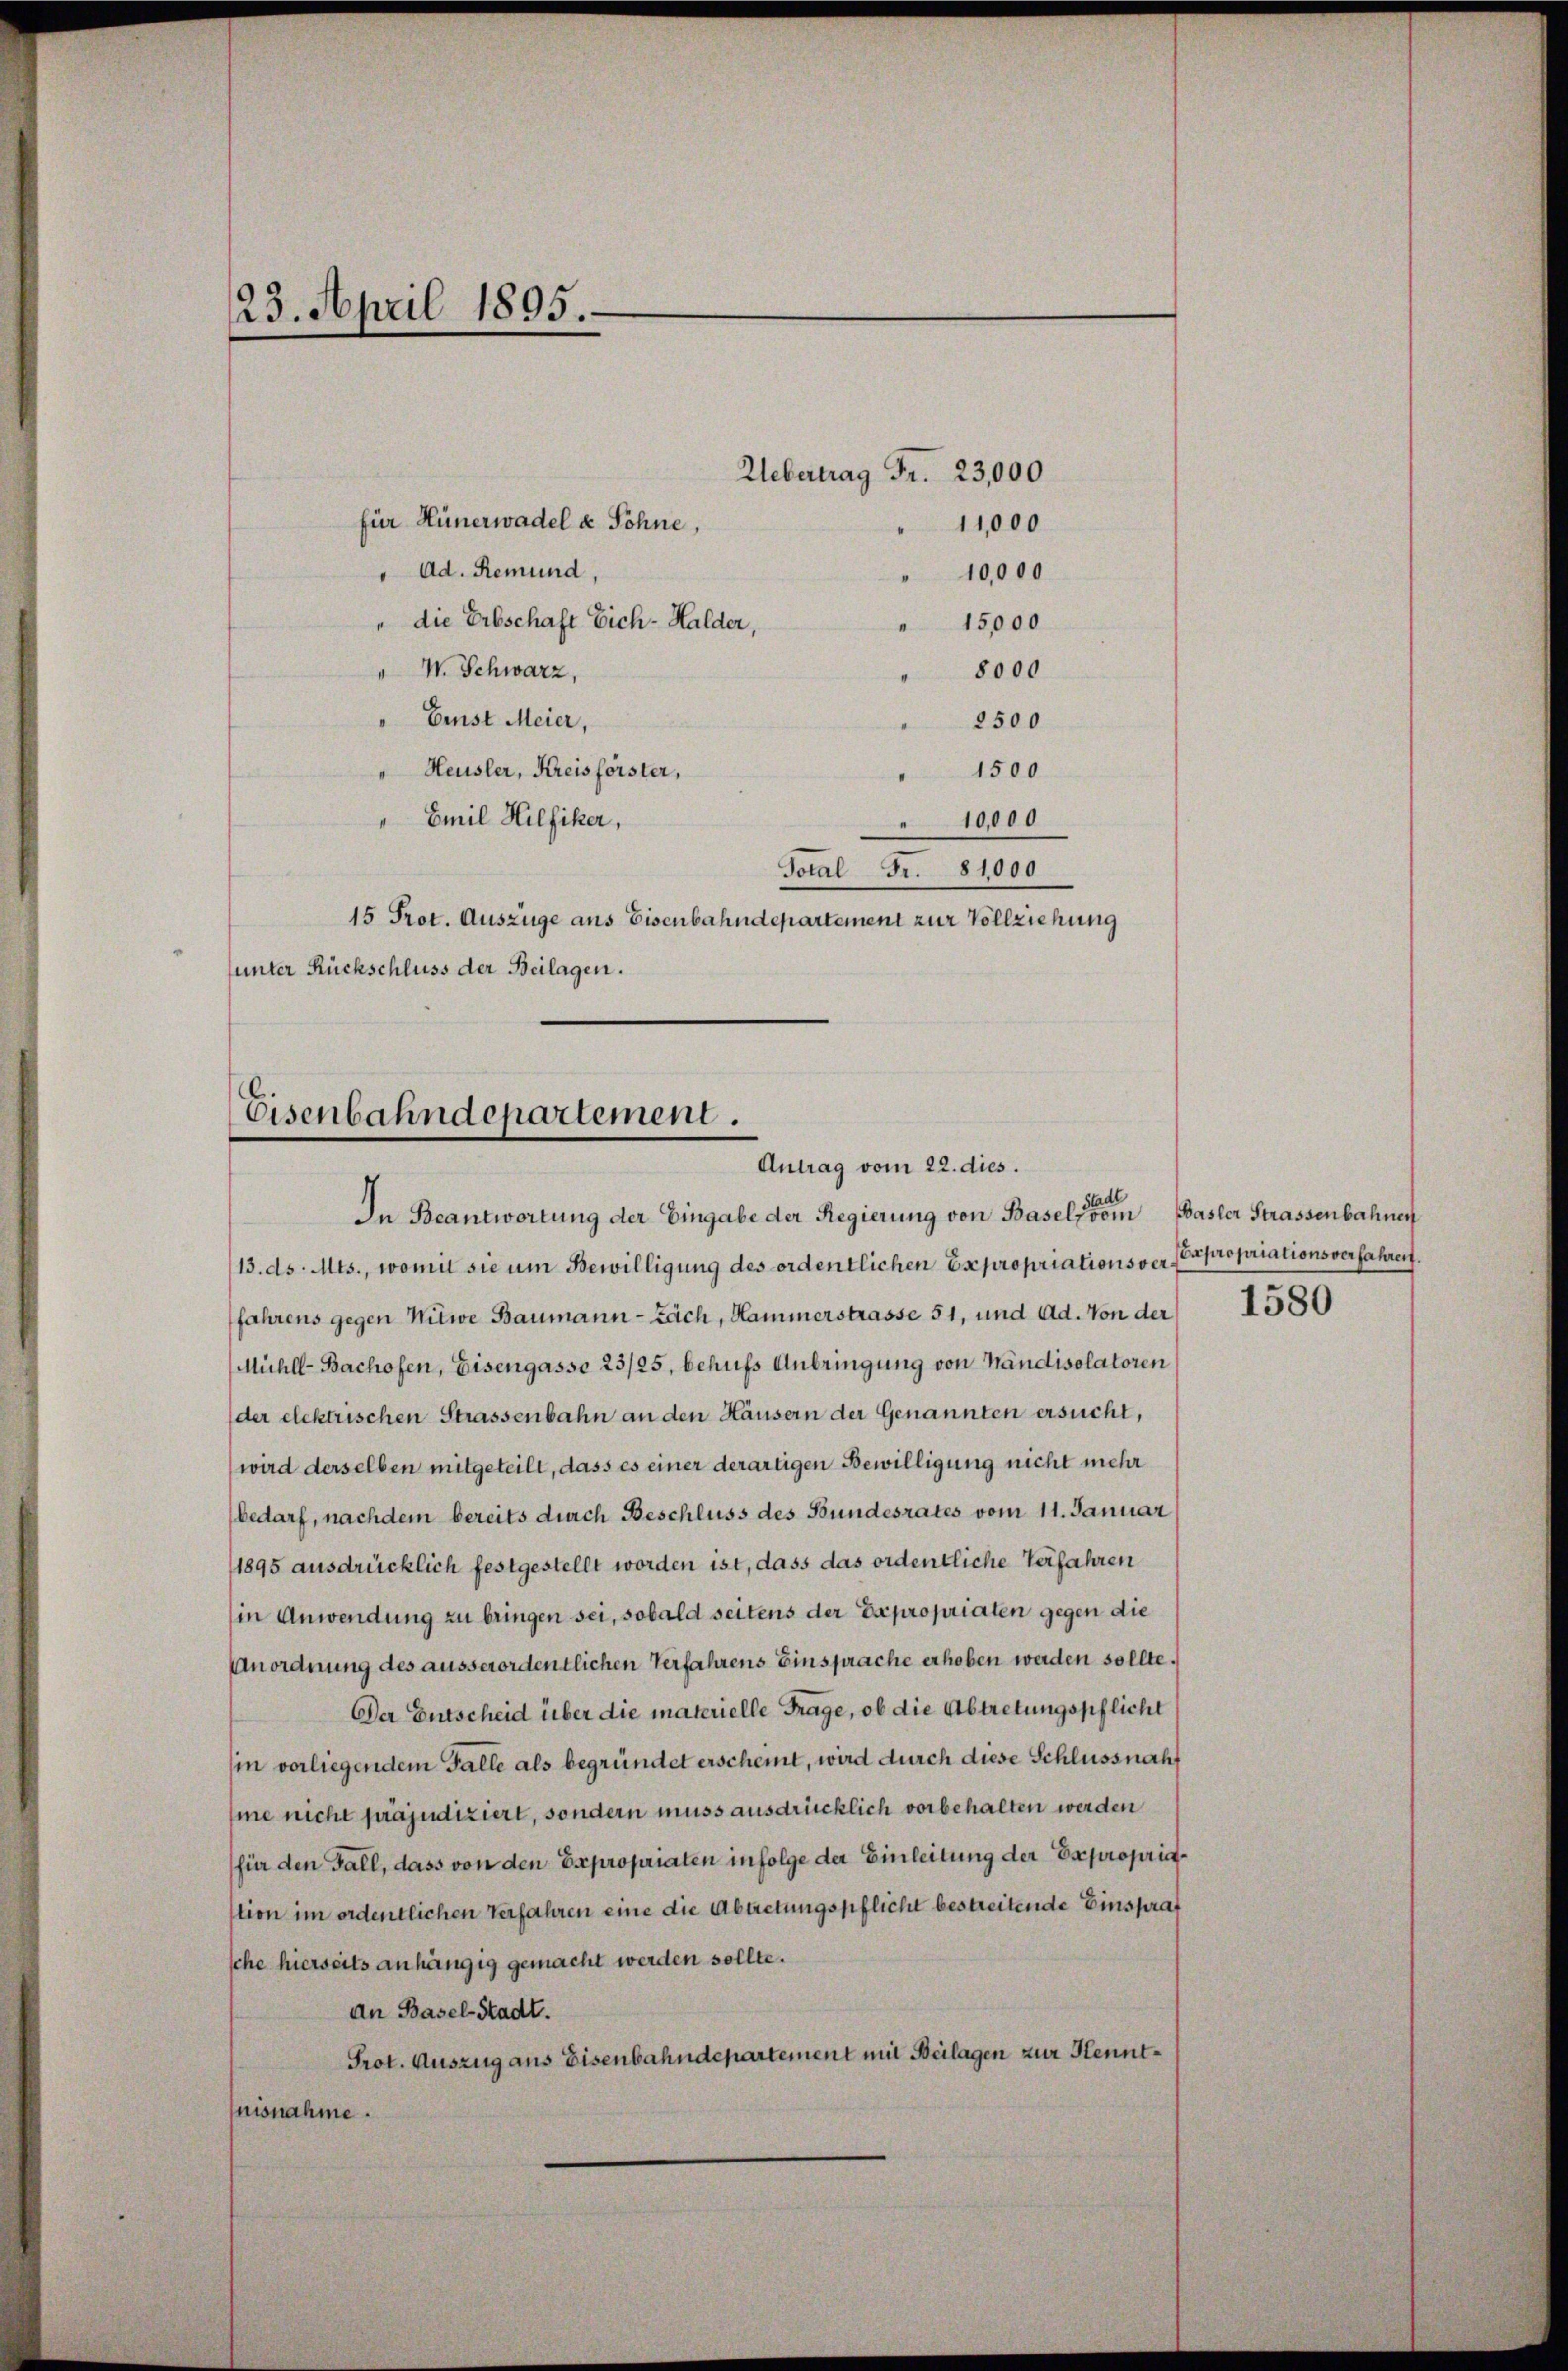
23. April 1895.

für Hünerwadel u Söhne,
 Ad. Remund,
" die Erbschaft Eich-Halder,
 15,000
Ernst Meier,
2500
Heusler, Kreisförster,
1500
" Emil Hilfiker,
" 10,000
Total Fr. 81000
15 Prot. Auszüge aus Eisenbahndepartement zur Vollziehung
unter Rückschluss der Beilagen.

" W. Schwarz,

Uebertrag Fr. 23,000
11,000

" 10,000

8000

Eisenbahndepartement.
Antrag vom 22. dies.
stadt

In Beantwortung der Eingabe der Regierung von Basel vom
13. ds. Mts., womit sie um Bewilligung des ordentlichen Expropriationsverfahrens gegen Witwe Baumann - Zach, Hammerstrasse 51, und Ad. Von der
Mühll-Bachofen, Eisengasse 23/25, behufs Anbringung von Mändisolatoren
der elektrischen Strassenbahn an den Häusern der Genannten ersucht,
wird derselben mitgeteilt, dass es einer derartigen Bewilligung nicht mehr
bedarf, nachdem bereits durch Beschluss des Bundesrates vom 11. Januar
1895 ausdrücklich festgestellt worden ist, dass das ordentliche Verfahren
in Anwendung zu bringen sei, sobald seitens der Expropriaten gegen die
Anordnung des ausserordentlichen Verfahrens Einsprache erhoben werden sollte.
Der Entscheid über die materielle Frage, ob die Abtretungspflicht
sin vorliegendem Falle als begründet erscheint, wird durch diese Schlussnaht
me nicht präjudiziert, sondern muss ausdrücklich vorbehalten werden
für den Fall, dass von den Expropriaten infolge der Einleitung der Expropriastion im ordentlichen Verfahren eine die Abtretungspflicht bestreitende Einsprat
sche hierseits anhängig gemacht werden sollte.
an Basel-Stadt.
Prot. Auszug aus Eisenbahndepartement mit Beilagen zur Kenntnisnahme.

Basler Strassenbahnen
Expropriationsverfahren.
1580